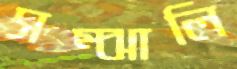
সম্‌ঝালি